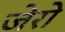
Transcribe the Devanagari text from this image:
जेरो